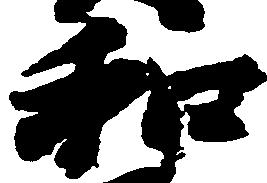
和